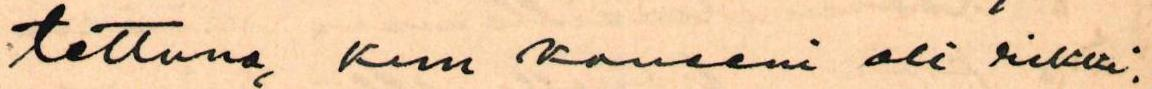
tettuna, kun koneeni oli rikki.